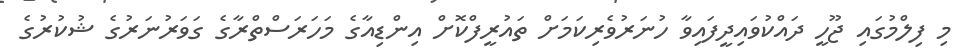
މި ފިލްމުގައި ޖޫހީ ދައްކުވައިދީފައިވާ ހުނަރުވެރިކަމަށް ތައުރީފްކޮށް އިންޑިއާގެ މަހަރަސްތްރާގެ ގަވަރުނަރުގެ ޝުކުރުގެ